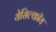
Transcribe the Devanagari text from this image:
येसिल्कॉय